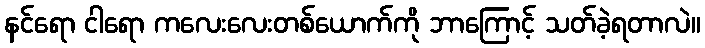
နင်ရော ငါရော ကလေးလေးတစ်ယောက်ကို ဘာကြောင့် သတ်ခဲ့ရတာလဲ။